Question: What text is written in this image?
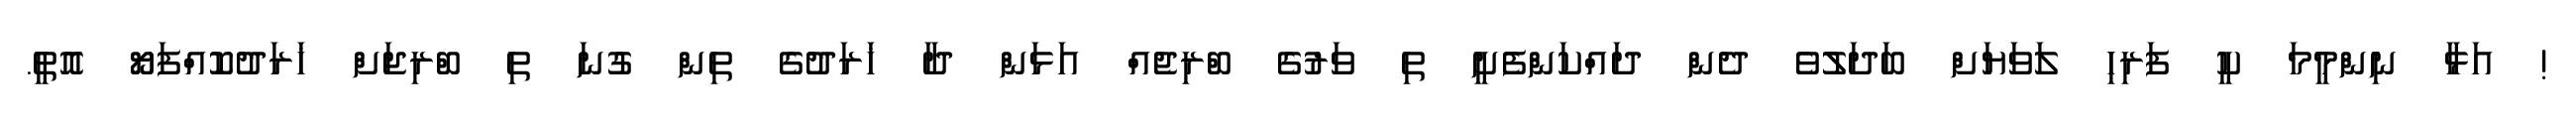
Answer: ! އަޅާ ނިންމީމަ ކީ ފަރިހި ލަވަޔަށް ބަދަލުވެ ދެން ދައްކަންފެށީ ތި ވަރުގެ ބްރިޖެއް އަޅަން ދާ ޚަރަދުގެ ތިން ގުނަ ތި ބްރިޖަށް ޚަރަދުކޮއްފަޔޯ އޮތީ.